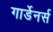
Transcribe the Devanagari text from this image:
गार्डेनर्स